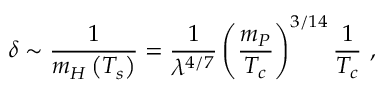
\delta \sim { \frac { 1 } { m _ { H } \left( T _ { s } \right) } } = \frac 1 { \lambda ^ { 4 / 7 } } \left( { \frac { m _ { P } } { T _ { c } } } \right) ^ { 3 / 1 4 } { \frac { 1 } { T _ { c } } } ~ ,